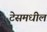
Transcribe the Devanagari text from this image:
टेसमधील